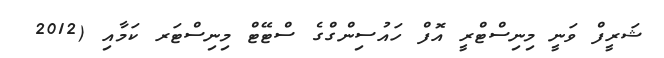
ޝަރީފް ވަނީ މިނިސްޓްރީ އޮފް ހައުސިންގްގެ ސްޓޭޓް މިނިސްޓަރ ކަމާއި (2012